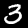
Digit: 3